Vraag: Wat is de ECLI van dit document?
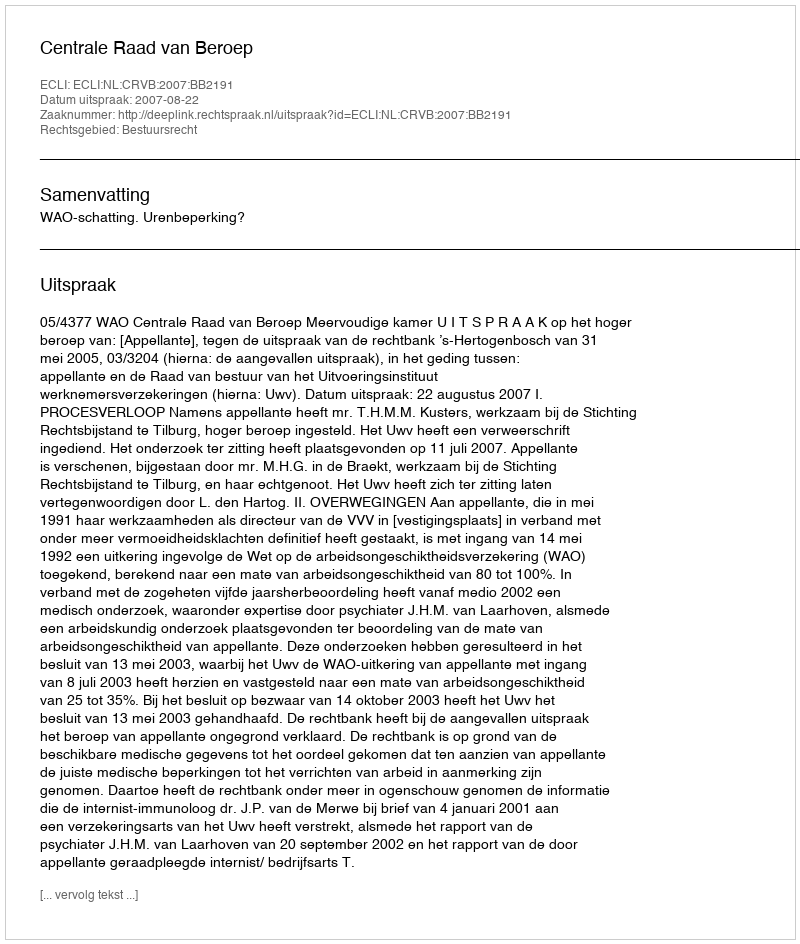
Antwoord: ECLI:NL:CRVB:2007:BB2191